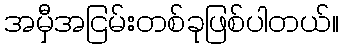
အမှီအငြမ်းတစ်ခုဖြစ်ပါတယ်။